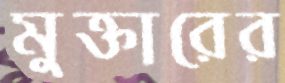
মুক্তারের